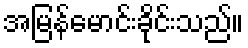
အမြန်မောင်းခိုင်းသည်။